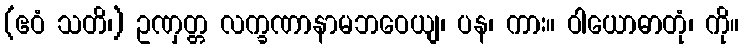
(ဧဝံ သတိ၊) ဥဏှတ္တ လက္ခဏာနာမဘဝေယျ၊ ပန၊ ကား။ ဝါယောဓာတုံ၊ ကို။